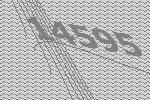
14595